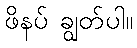
ဖိနပ် ချွတ်ပါ။